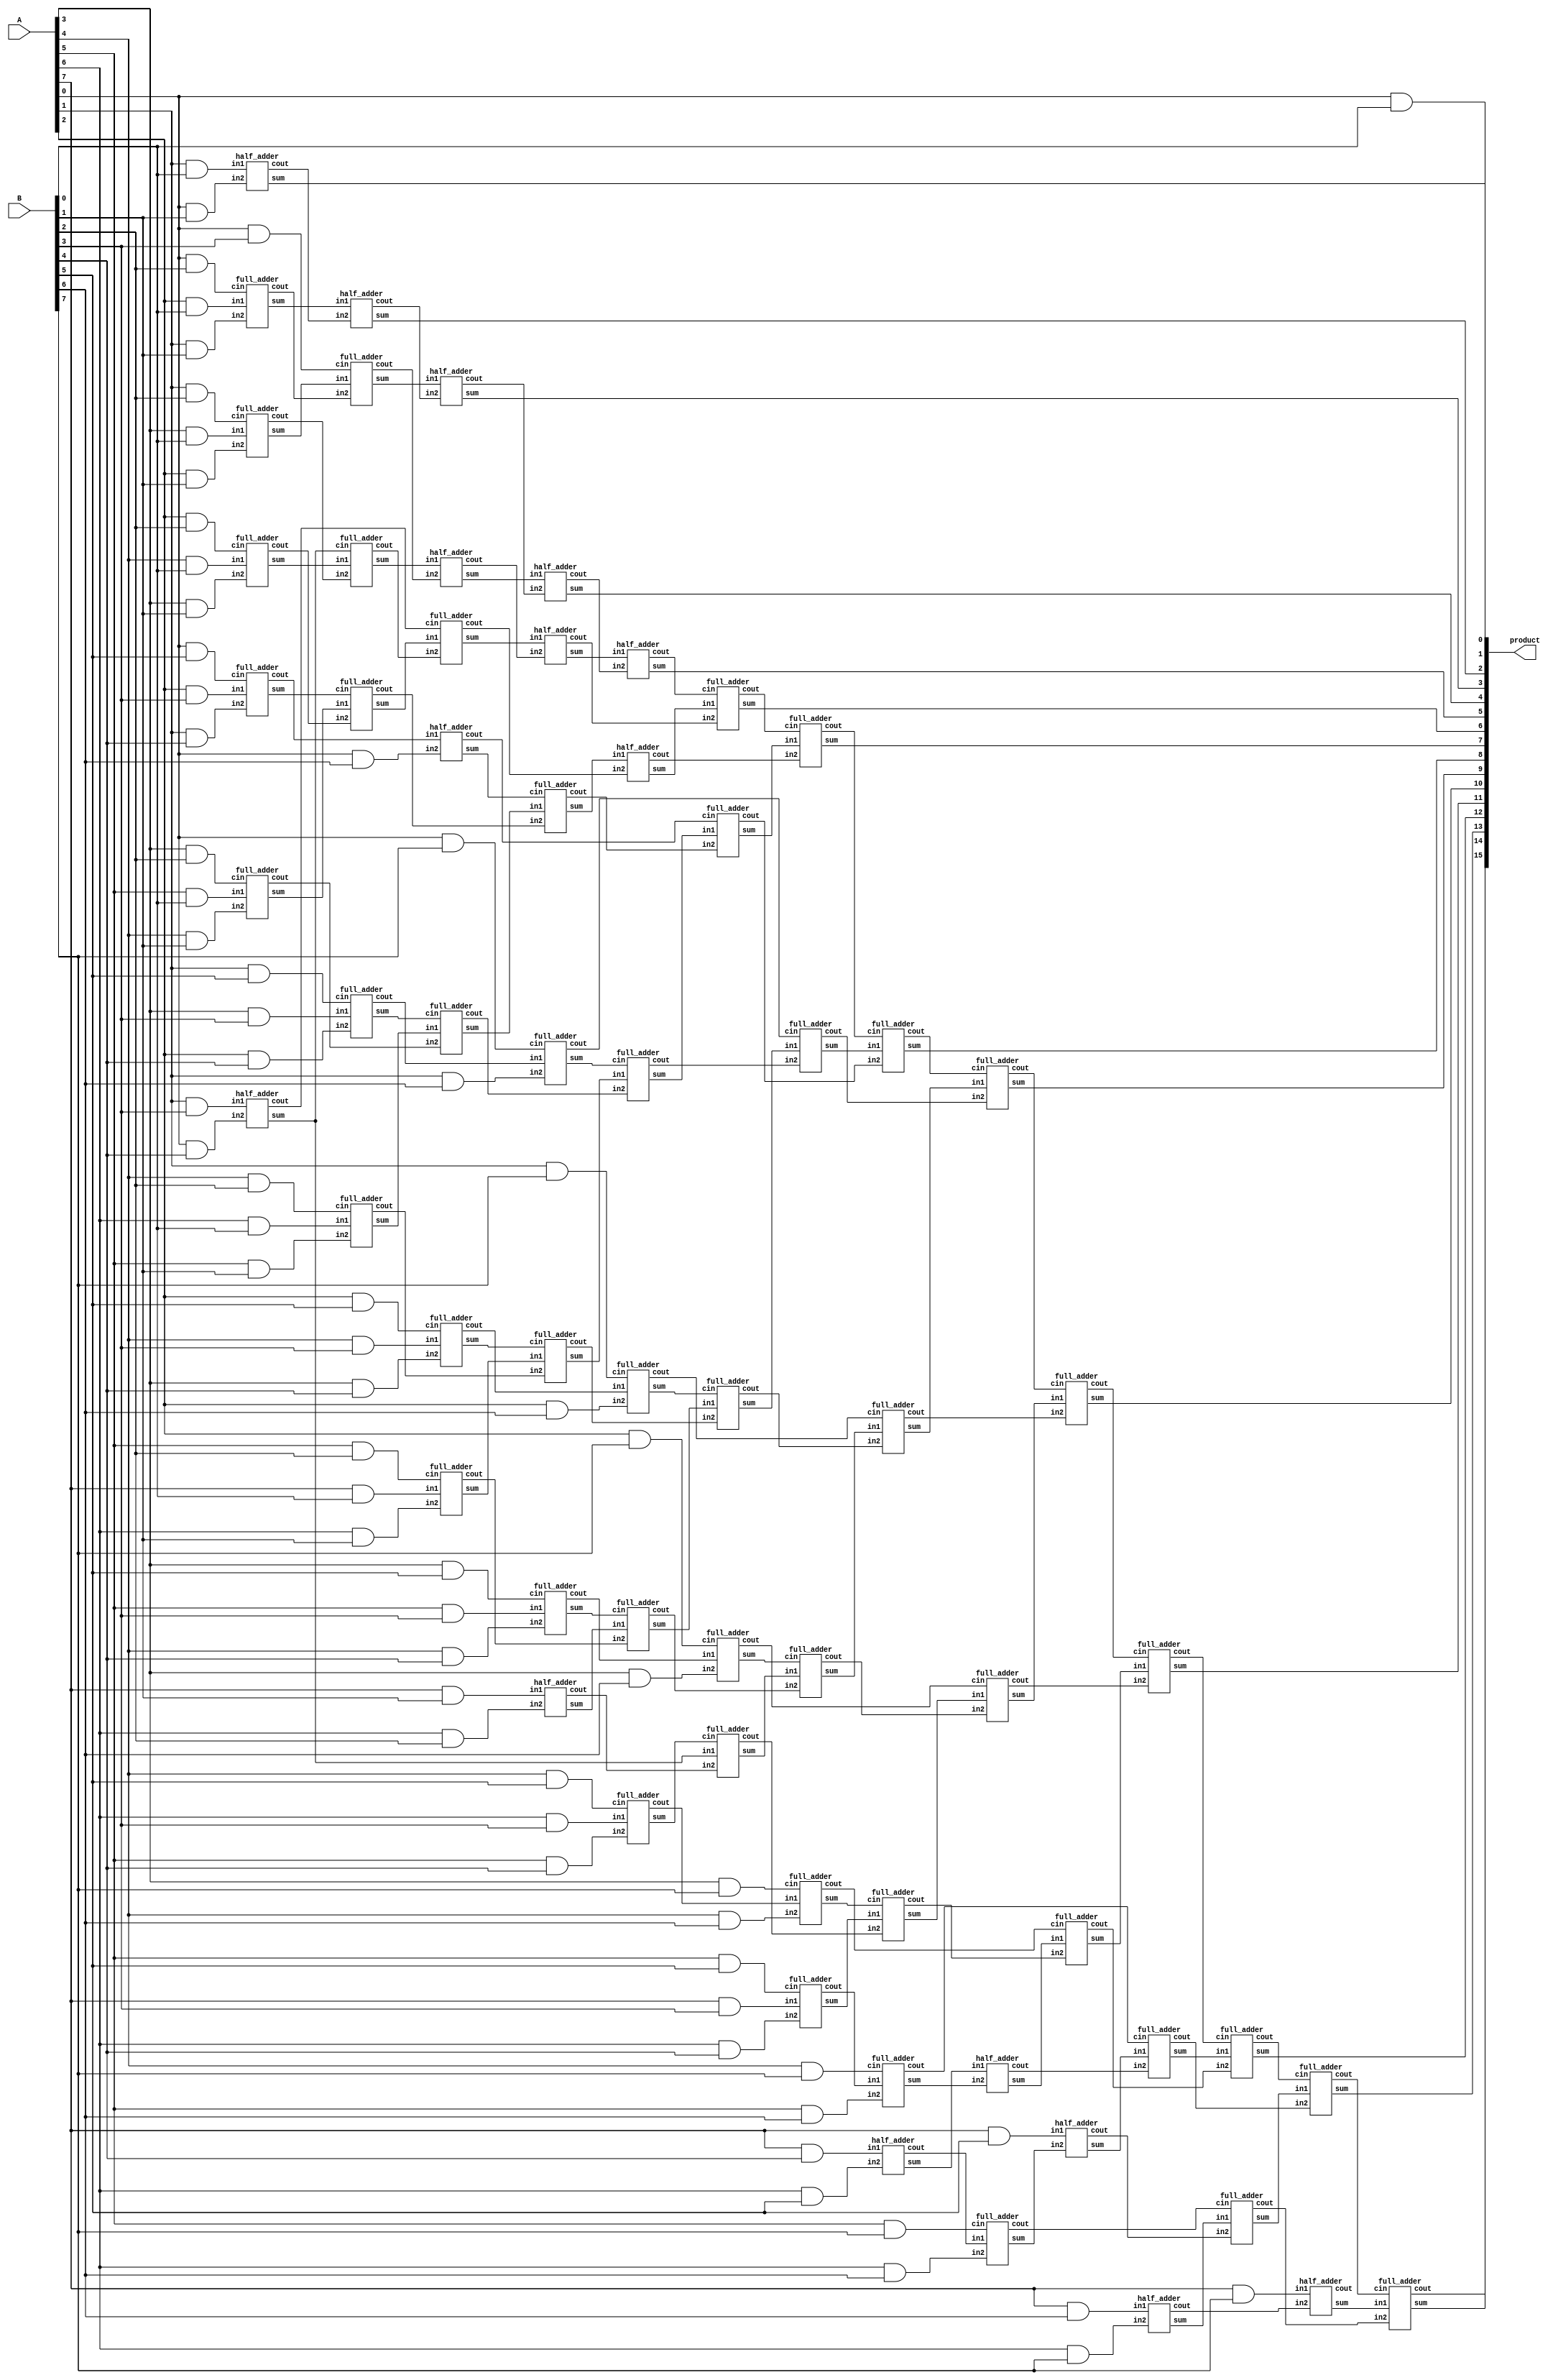
module wallace_unsigned_multiplier_RCA_8(product, A, B);
    input [7:0] A, B;
    output [15:0] product;

    wire [7:0] pp0, pp1, pp2, pp3, pp4, pp5, pp6, pp7;

    and AND00(pp0[0], A[0], B[0]);
    and AND01(pp0[1], A[1], B[0]);
    and AND02(pp0[2], A[2], B[0]);
    and AND03(pp0[3], A[3], B[0]);
    and AND04(pp0[4], A[4], B[0]);
    and AND05(pp0[5], A[5], B[0]);
    and AND06(pp0[6], A[6], B[0]);
    and AND07(pp0[7], A[7], B[0]);
    and AND08(pp1[0], A[0], B[1]);
    and AND09(pp1[1], A[1], B[1]);
    and AND10(pp1[2], A[2], B[1]);
    and AND11(pp1[3], A[3], B[1]);
    and AND12(pp1[4], A[4], B[1]);
    and AND13(pp1[5], A[5], B[1]);
    and AND14(pp1[6], A[6], B[1]);
    and AND15(pp1[7], A[7], B[1]);
    and AND16(pp2[0], A[0], B[2]);
    and AND17(pp2[1], A[1], B[2]);
    and AND18(pp2[2], A[2], B[2]);
    and AND19(pp2[3], A[3], B[2]);
    and AND20(pp2[4], A[4], B[2]);
    and AND21(pp2[5], A[5], B[2]);
    and AND22(pp2[6], A[6], B[2]);
    and AND23(pp2[7], A[7], B[2]);
    and AND24(pp3[0], A[0], B[3]);
    and AND25(pp3[1], A[1], B[3]);
    and AND26(pp3[2], A[2], B[3]);
    and AND27(pp3[3], A[3], B[3]);
    and AND28(pp3[4], A[4], B[3]);
    and AND29(pp3[5], A[5], B[3]);
    and AND30(pp3[6], A[6], B[3]);
    and AND31(pp3[7], A[7], B[3]);
    and AND32(pp4[0], A[0], B[4]);
    and AND33(pp4[1], A[1], B[4]);
    and AND34(pp4[2], A[2], B[4]);
    and AND35(pp4[3], A[3], B[4]);
    and AND36(pp4[4], A[4], B[4]);
    and AND37(pp4[5], A[5], B[4]);
    and AND38(pp4[6], A[6], B[4]);
    and AND39(pp4[7], A[7], B[4]);
    and AND40(pp5[0], A[0], B[5]);
    and AND41(pp5[1], A[1], B[5]);
    and AND42(pp5[2], A[2], B[5]);
    and AND43(pp5[3], A[3], B[5]);
    and AND44(pp5[4], A[4], B[5]);
    and AND45(pp5[5], A[5], B[5]);
    and AND46(pp5[6], A[6], B[5]);
    and AND47(pp5[7], A[7], B[5]);
    and AND48(pp6[0], A[0], B[6]);
    and AND49(pp6[1], A[1], B[6]);
    and AND50(pp6[2], A[2], B[6]);
    and AND51(pp6[3], A[3], B[6]);
    and AND52(pp6[4], A[4], B[6]);
    and AND53(pp6[5], A[5], B[6]);
    and AND54(pp6[6], A[6], B[6]);
    and AND55(pp6[7], A[7], B[6]);
    and AND56(pp7[0], A[0], B[7]);
    and AND57(pp7[1], A[1], B[7]);
    and AND58(pp7[2], A[2], B[7]);
    and AND59(pp7[3], A[3], B[7]);
    and AND60(pp7[4], A[4], B[7]);
    and AND61(pp7[5], A[5], B[7]);
    and AND62(pp7[6], A[6], B[7]);
    and AND63(pp7[7], A[7], B[7]);

    /* First Stage */
    assign product[0] = pp0[0];
    half_adder ha01(s111, c111, pp0[1], pp1[0]);
    full_adder fa01(s112, c112, pp0[2], pp1[1], pp2[0]);
    full_adder fa02(s113, c113, pp0[3], pp1[2], pp2[1]);
    full_adder fa03(s114, c114, pp0[4], pp1[3], pp2[2]);
    full_adder fa04(s115, c115, pp0[5], pp1[4], pp2[3]);
    full_adder fa05(s116, c116, pp0[6], pp1[5], pp2[4]);
    full_adder fa06(s117, c117, pp0[7], pp1[6], pp2[5]);
    half_adder ha02(s118, c118,         pp1[7], pp2[6]);

    half_adder ha03(s119, c119, pp3[1], pp4[0]);
    full_adder fa07(s120, c120, pp3[2], pp4[1], pp5[0]);
    full_adder fa08(s121, c121, pp3[3], pp4[2], pp5[1]);
    full_adder fa09(s122, c122, pp3[4], pp4[3], pp5[2]);
    full_adder fa10(s123, c123, pp3[5], pp4[4], pp5[3]);
    full_adder fa11(s124, c124, pp3[6], pp4[5], pp5[4]);
    full_adder fa12(s125, c125, pp3[7], pp4[6], pp5[5]);
    half_adder ha04(s126, c126,         pp4[7], pp5[6]);


    /* Second Stage */
    assign product[1] = s111;
    half_adder ha05(s221, c221, s112, c111);
    full_adder fa13(s222, c222, s113, c112, pp3[0]);
    full_adder fa14(s223, c223, s114, c113, s119);
    full_adder fa15(s224, c224, s115, c114, s120);
    full_adder fa16(s225, c225, s116, c115, s121);
    full_adder fa17(s226, c226, s117, c116, s122);
    full_adder fa18(s227, c227, s118, c117, s123);
    full_adder fa19(s228, c228, s119, c118, s124);

    half_adder ha06(s229, c229, c120, pp6[0]);
    full_adder fa20(s230, c230, c121, pp6[1], pp7[0]);
    full_adder fa21(s231, c231, c122, pp6[2], pp7[1]);
    full_adder fa22(s232, c232, c123, pp6[3], pp7[2]);
    full_adder fa23(s233, c233, c124, pp6[4], pp7[3]);
    full_adder fa24(s234, c234, c125, pp6[5], pp7[4]);
    full_adder fa25(s235, c235, c126, pp6[6], pp7[5]);
    half_adder ha07(s236, c236,      pp6[7], pp7[6]);

    /* Third Stage */
    assign product[2] = s221;
    half_adder ha08(s301, c301, s222, c221);
    half_adder ha09(s302, c302, s223, c222);
    full_adder fa26(s303, c303, s224, c223, c119);
    full_adder fa27(s304, c304, s225, c224, s229);
    full_adder fa28(s305, c305, s226, c225, s230);
    full_adder fa29(s306, c306, s227, c226, s231);
    full_adder fa30(s307, c307, s228, c227, s232);
    full_adder fa31(s308, c308, s125, c228, s233);
    half_adder ha10(s309, c309, s126,       s234);
    half_adder ha11(s310, c310, pp5[7],     s235);

    /* Fourth Stage */
    assign product[3] = s301;
    half_adder ha12(product[4], c401, s302, c301);
    half_adder ha13(s402,       c402, s303, c302);
    half_adder ha14(s403,       c403, s304, c303);
    full_adder fa32(s404,       c404, s305, c304, c229);
    full_adder fa33(s405,       c405, s306, c305, c230);
    full_adder fa34(s406,       c406, s307, c306, c231);
    full_adder fa35(s407,       c407, s308, c307, c232);
    full_adder fa36(s408,       c408, s309, c308, c233);
    full_adder fa37(s409,       c409, s310, c309, c234);
    full_adder fa38(s410,       c410, s236, c310, c235);
    half_adder ha15(s411,       c411, pp7[7],     c236);

    /* Final Stage */
    half_adder ha16(product[5],  c51,         s402, c401);
    full_adder fa39(product[6],  c52,         s403, c402, c51);
    full_adder fa40(product[7],  c53,         s404, c403, c52);
    full_adder fa41(product[8],  c54,         s405, c404, c53);
    full_adder fa42(product[9],  c55,         s406, c405, c54);
    full_adder fa43(product[10], c56,         s407, c406, c55);
    full_adder fa44(product[11], c57,         s408, c407, c56);
    full_adder fa45(product[12], c58,         s409, c408, c57);
    full_adder fa46(product[13], c59,         s410, c409, c58);
    full_adder fa47(product[14], product[15], s411, c410, c59);
endmodule

module half_adder(output wire sum,
                  output wire cout,
                  input wire in1,
                  input wire in2);
    xor(sum, in1, in2);
    and(cout, in1, in2);
endmodule

module full_adder(output wire sum,
                  output wire cout,
                  input wire in1,
                  input wire in2,
                  input wire cin);
    wire temp1;
    wire temp2;
    wire temp3;
    xor(sum, in1, in2, cin);
    and(temp1,in1,in2);
    and(temp2,in1,cin);
    and(temp3,in2,cin);
    or(cout,temp1,temp2,temp3);
endmodule